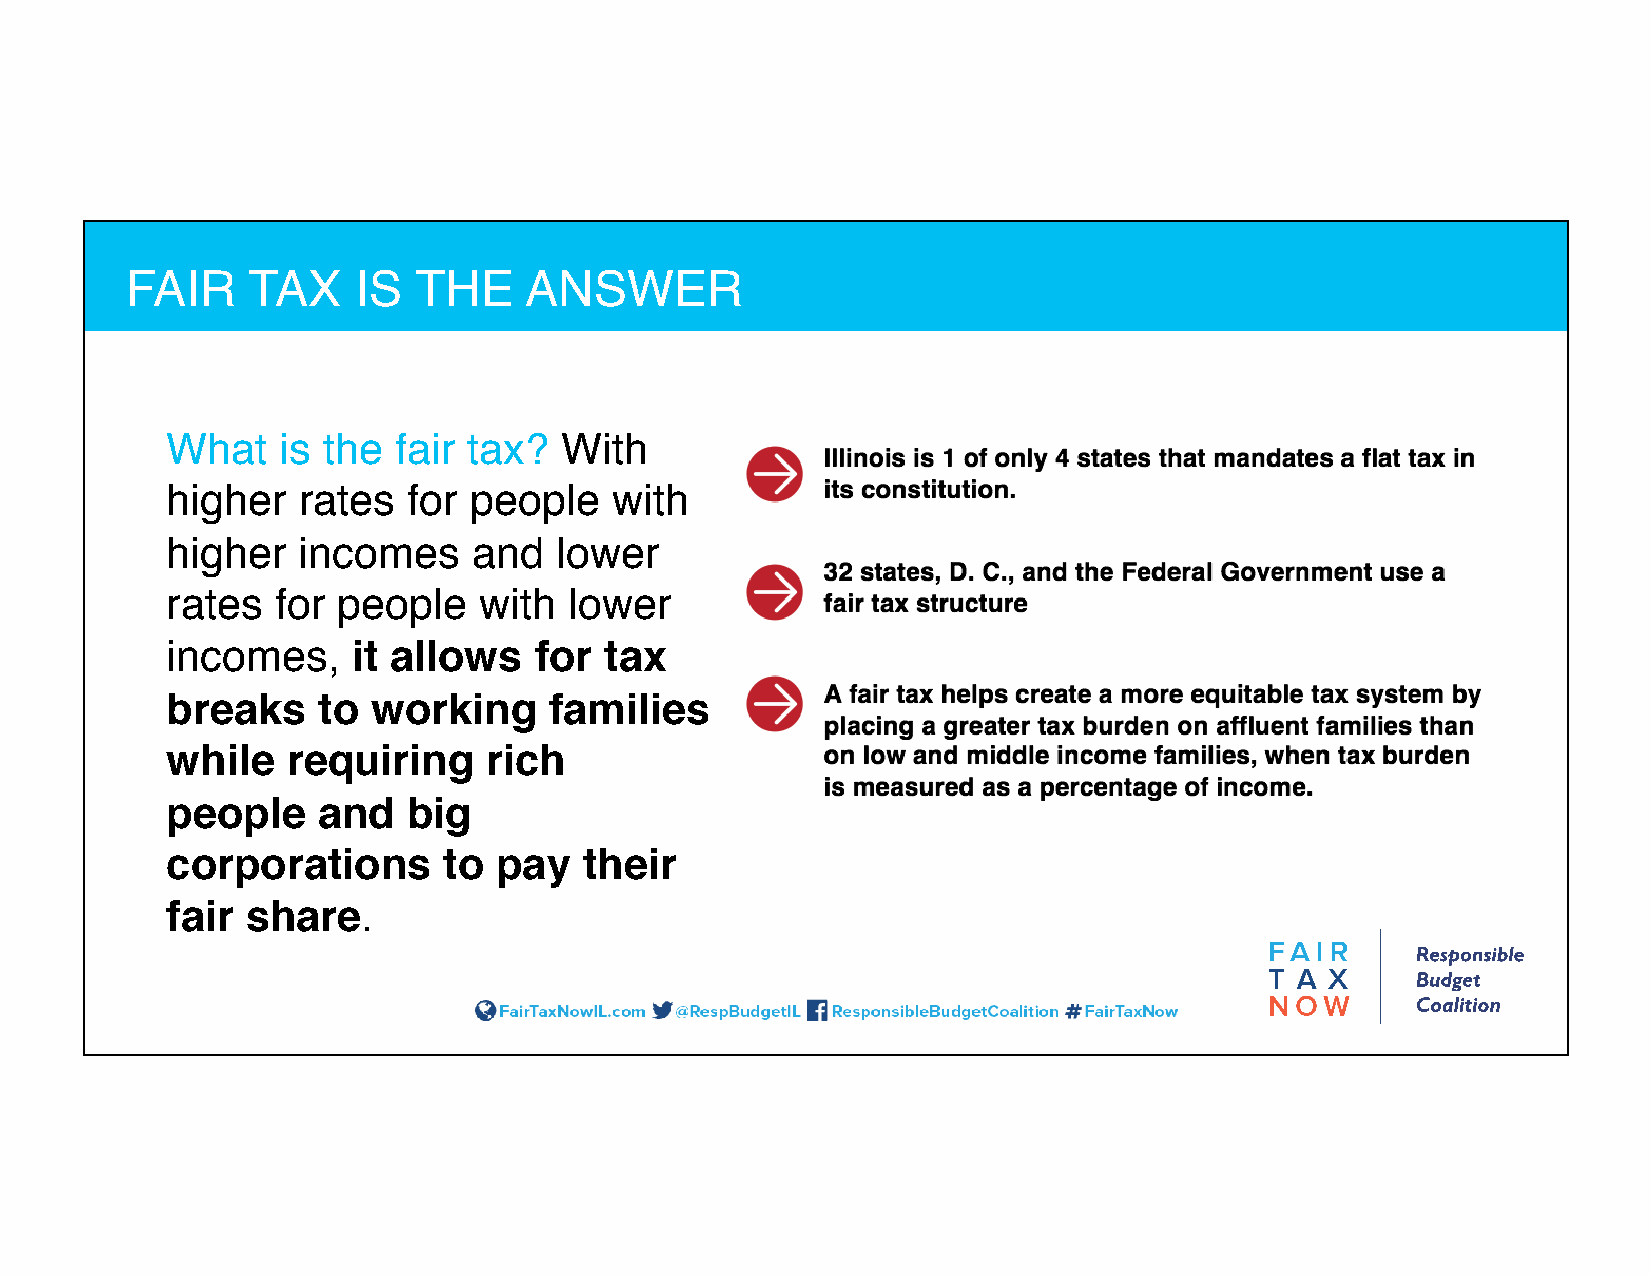
FAIR    TAX     IS THE     ANSWER
 What   is the  fair tax?  With
 higher   rates  for people   with
 higher   incomes    and   lower
 rates  for people    with  lower
 incomes,    it allows   for  tax
 breaks    to  working    families
 while   requiring    rich
 people    and   big
 corporations      to  pay   their
 fair share.